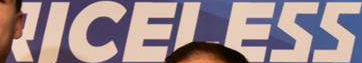
RICELESS